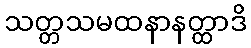
သတ္တသမထနာနတ္ထာဒိ